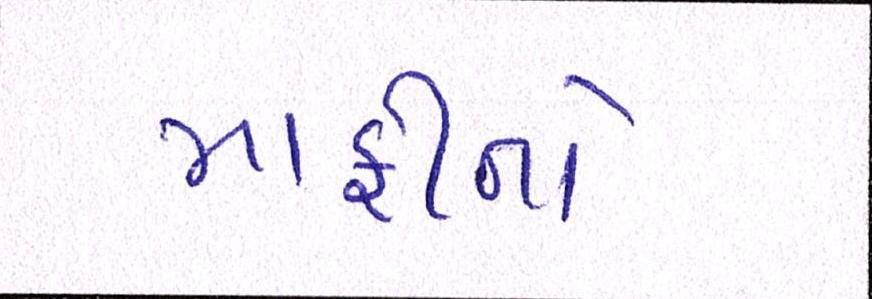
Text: માફીનો